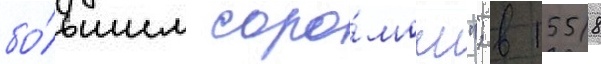
бо́льшим соро́мом"; в 1558